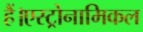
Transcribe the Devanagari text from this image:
हैं।एस्ट्रोनामिकल